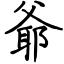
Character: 爺